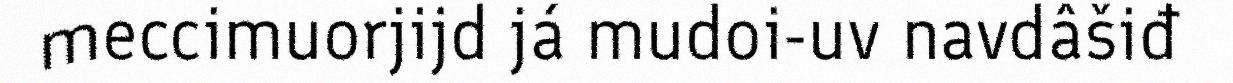
meccimuorjijd já mudoi-uv navdâšiđ